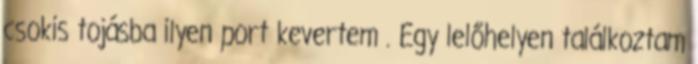
csokis tojásba ilyen port kevertem . Egy lelőhelyen találkoztam